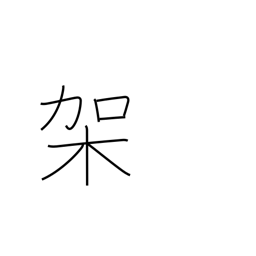
Meaning: mount